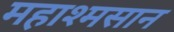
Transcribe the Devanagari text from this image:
महाश्मसान